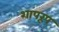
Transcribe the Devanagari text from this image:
शापरूप